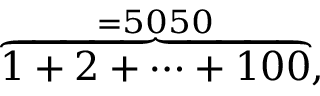
\textstyle \overbrace { 1 + 2 + \cdots + 1 0 0 } ^ { = 5 0 5 0 } ,